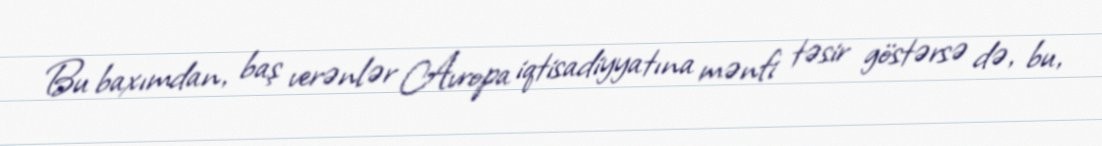
Bu baxımdan, baş verənlər Avropa iqtisadiyyatına mənfi təsir göstərsə də, bu,